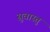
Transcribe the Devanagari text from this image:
सुवास्तु